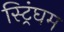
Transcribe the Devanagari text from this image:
स्ट्रिंघम